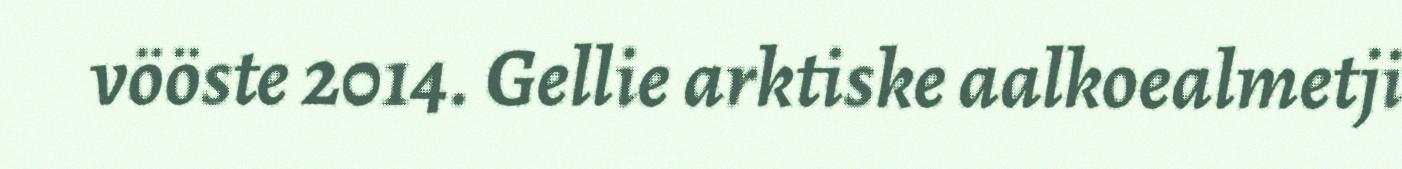
vööste 2014. Gellie arktiske aalkoealmetji